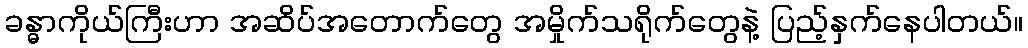
ခန္ဓာကိုယ်ကြီးဟာ အဆိပ်အတောက်တွေ အမှိုက်သရိုက်တွေနဲ့ ပြည့်နှက်နေပါတယ်။